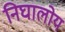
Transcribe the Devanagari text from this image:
निघालोय